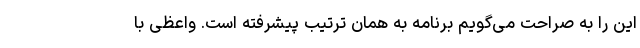
این را به صراحت می‌گویم برنامه به همان ترتیب پیشرفته است. واعظی با